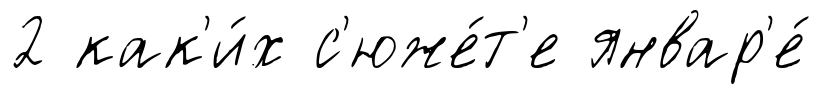
2 как'и́х с'юже́т'е январ'е́